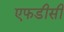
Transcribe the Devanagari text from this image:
एफडीसी